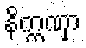
နိက္ကဏှာ